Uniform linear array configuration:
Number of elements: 12
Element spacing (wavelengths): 0.5
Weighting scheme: binomial
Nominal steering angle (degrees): -60
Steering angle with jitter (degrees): -61.134
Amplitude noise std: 0.05
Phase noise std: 0.05

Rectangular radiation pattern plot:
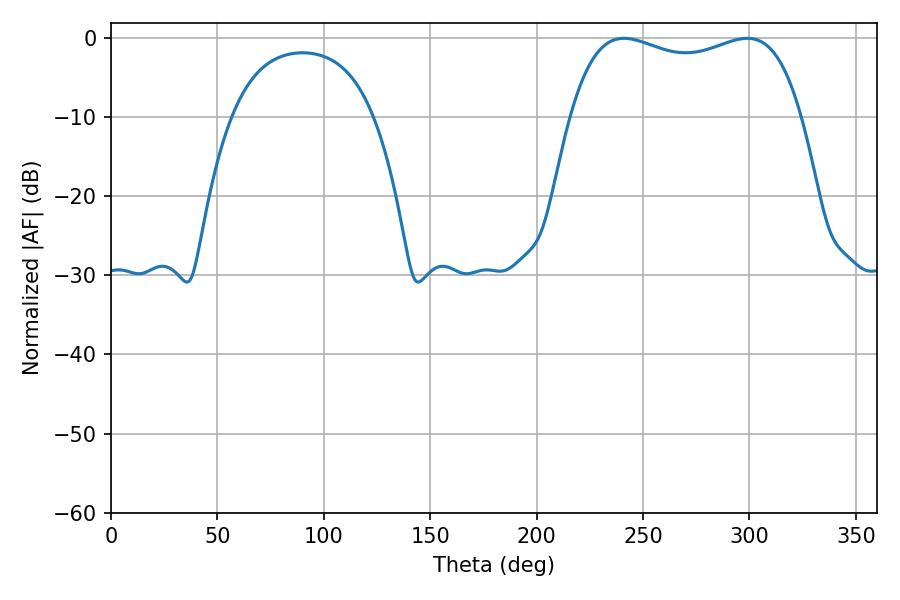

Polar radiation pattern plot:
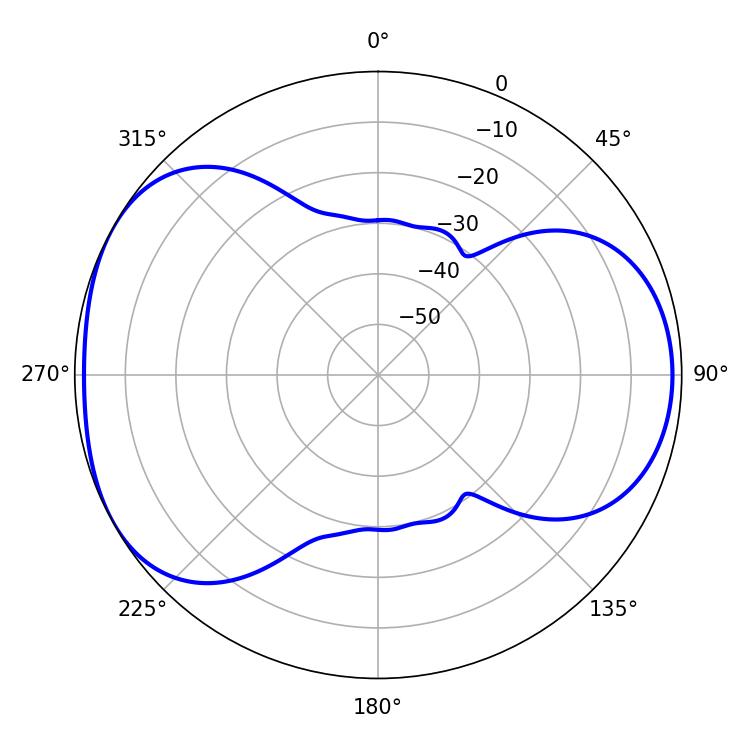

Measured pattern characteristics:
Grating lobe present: FALSE
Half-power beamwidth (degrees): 88.56
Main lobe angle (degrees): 241.02